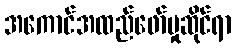
အကောင်အထည်ဖော်မှုဆိုင်ရာ